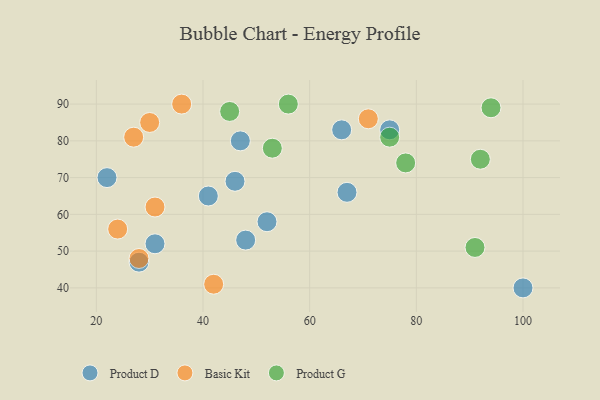
{"axis": {"x": "GDP", "y": "Life Expectancy"}, "legend": ["Basic Kit", "Product D", "Product G"], "data": [{"x": "48", "y": 53, "type": "Product D"}, {"x": "22", "y": 70, "type": "Product D"}, {"x": "41", "y": 65, "type": "Product D"}, {"x": "66", "y": 83, "type": "Product D"}, {"x": "28", "y": 47, "type": "Product D"}, {"x": "100", "y": 40, "type": "Product D"}, {"x": "52", "y": 58, "type": "Product D"}, {"x": "47", "y": 80, "type": "Product D"}, {"x": "75", "y": 83, "type": "Product D"}, {"x": "67", "y": 66, "type": "Product D"}, {"x": "31", "y": 52, "type": "Product D"}, {"x": "46", "y": 69, "type": "Product D"}, {"x": "31", "y": 62, "type": "Basic Kit"}, {"x": "28", "y": 48, "type": "Basic Kit"}, {"x": "36", "y": 90, "type": "Basic Kit"}, {"x": "27", "y": 81, "type": "Basic Kit"}, {"x": "24", "y": 56, "type": "Basic Kit"}, {"x": "30", "y": 85, "type": "Basic Kit"}, {"x": "42", "y": 41, "type": "Basic Kit"}, {"x": "71", "y": 86, "type": "Basic Kit"}, {"x": "53", "y": 78, "type": "Product G"}, {"x": "94", "y": 89, "type": "Product G"}, {"x": "91", "y": 51, "type": "Product G"}, {"x": "75", "y": 81, "type": "Product G"}, {"x": "78", "y": 74, "type": "Product G"}, {"x": "56", "y": 90, "type": "Product G"}, {"x": "45", "y": 88, "type": "Product G"}, {"x": "92", "y": 75, "type": "Product G"}]}